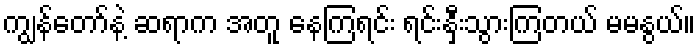
ကျွန်တော်နဲ့ ဆရာက အတူ နေကြရင်း ရင်းနှီးသွားကြတယ် မမနွယ်။